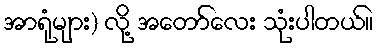
အာရုံများ) လို့ အတော်လေး သုံးပါတယ်။